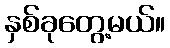
နှစ်ခုတွေ့မယ်။